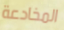
المخادعة